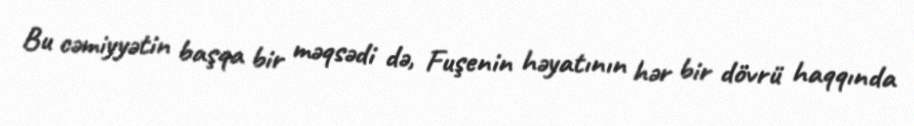
Bu cəmiyyətin başqa bir məqsədi də, Fuşenin həyatının hər bir dövrü haqqında